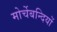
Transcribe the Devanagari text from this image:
मोर्चेबन्दियों